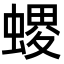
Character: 𧏧